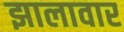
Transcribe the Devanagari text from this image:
झालावार